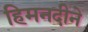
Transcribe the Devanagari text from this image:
हिमनदीने